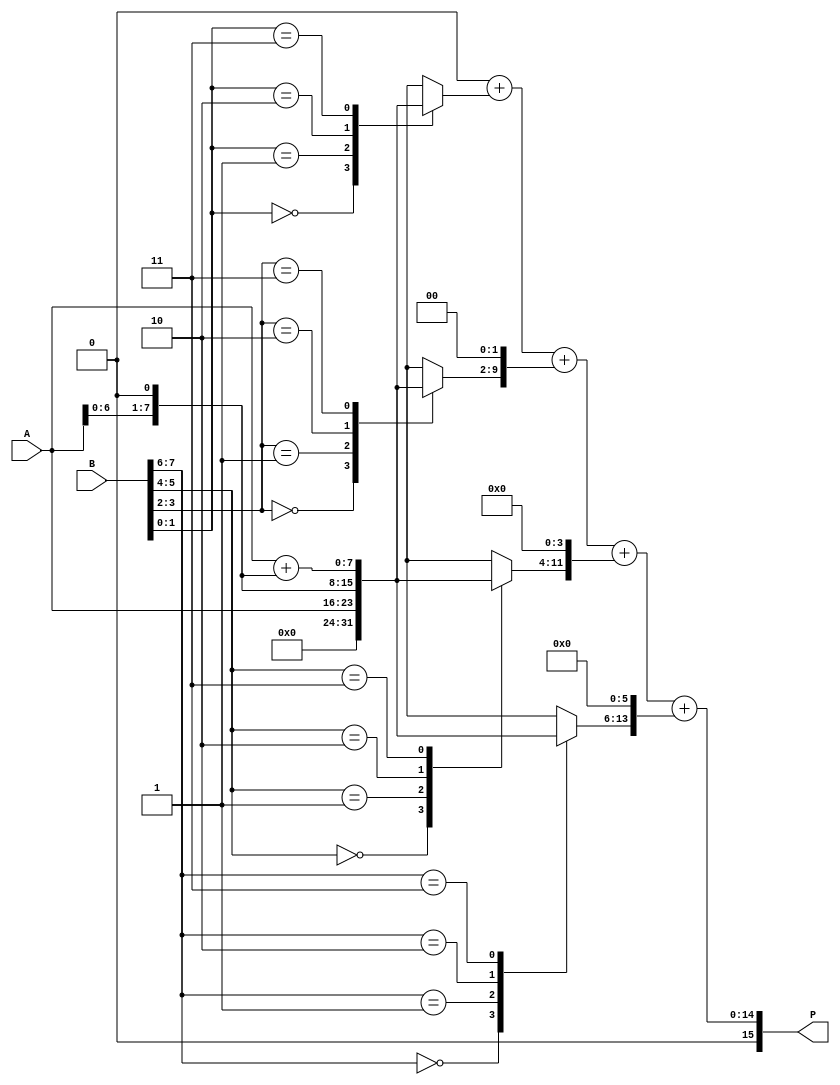
module radix4_multiplier #(parameter N = 8) (
    input  [N-1:0] A,      // Multiplicand
    input  [N-1:0] B,      // Multiplier
    output reg [2*N-1:0] P // Product
);
    reg [N-1:0] pp [0:N/2-1]; // Partial Products
    integer i;

    // Generate partial products
    always @(*) begin
        for (i = 0; i < N/2; i = i + 1) begin
            case (B[2*i +: 2]) // Select 2 bits
                2'b00: pp[i] = 0; // Partial product 0
                2'b01: pp[i] = A; // A
                2'b10: pp[i] = A << 1; // A shifted left by 1
                2'b11: pp[i] = A + (A << 1); // A + (A << 1)
                default: pp[i] = 0; // Default case
            endcase
        end
    end

    // Sum partial products
    always @(*) begin
        P = 0; // Initialize product
        for (i = 0; i < N/2; i = i + 1) begin
            P = P + (pp[i] << (2*i)); // Align and sum partial products
        end
    end

endmodule